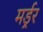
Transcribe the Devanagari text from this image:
मर्ड्रर